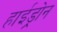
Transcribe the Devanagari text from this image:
हाईड्रोन